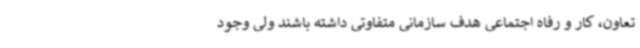
تعاون، کار و رفاه اجتماعی هدف سازمانی متفاوتی داشته باشند ولی وجود